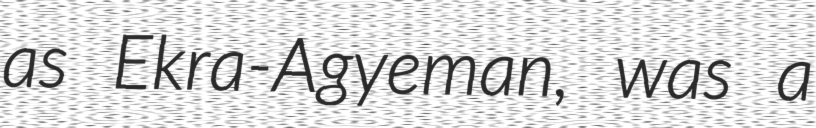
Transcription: as Ekra-Agyeman, was a